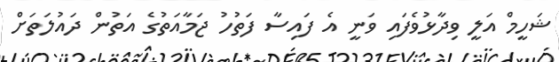
ޝަހީމް އަލީ ވިދާޅުވެފައި ވަނީ އެ ފައިސާ ފަތުހު ޖަމާއަތުގެ އަތުން ދައުލަތަށް